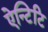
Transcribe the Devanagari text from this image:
ऐन्टिटि